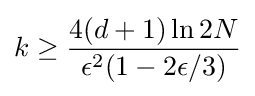
k\geq {\frac {4(d+1)\ln 2N}{\epsilon ^{2}(1-2\epsilon /3)}}